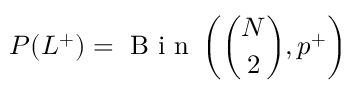
P ( L ^ { + } ) = \mathrm { ~ B ~ i ~ n ~ } \left( \binom { N } { 2 } , p ^ { + } \right)